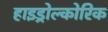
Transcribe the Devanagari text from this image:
हाइड्रोल्कोरिक